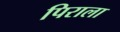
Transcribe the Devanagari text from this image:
पिराला